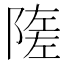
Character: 隓